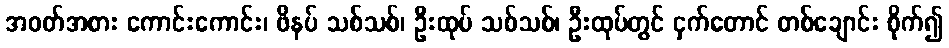
အဝတ်အစား ကောင်းကောင်း၊ ဖိနပ် သစ်သစ်၊ ဦးထုပ် သစ်သစ်၊ ဦးထုပ်တွင် ငှက်တောင် တစ်ချောင်း စိုက်၍